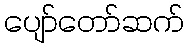
ပျော်တော်ဆက်